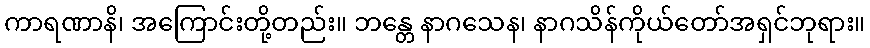
ကာရဏာနိ၊ အကြောင်းတို့တည်း။ ဘန္တေ နာဂသေန၊ နာဂသိန်ကိုယ်တော်အရှင်ဘုရား။